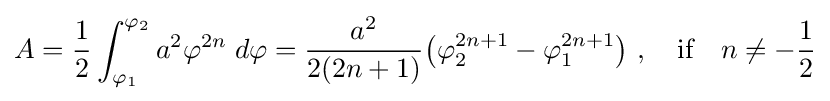
A={\frac {1}{2}}\int _{\varphi _{1}}^{\varphi _{2}}a^{2}\varphi ^{2n}\;d\varphi ={\frac {a^{2}}{2(2n+1)}}{\big (}\varphi _{2}^{2n+1}-\varphi _{1}^{2n+1}{\big )}\ ,\quad {\text{if}}\quad n\neq -{\frac {1}{2}}